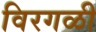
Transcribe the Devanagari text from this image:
विरगळी